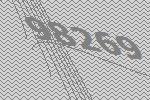
98269